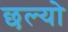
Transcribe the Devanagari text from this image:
छल्‍यो